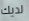
لديك